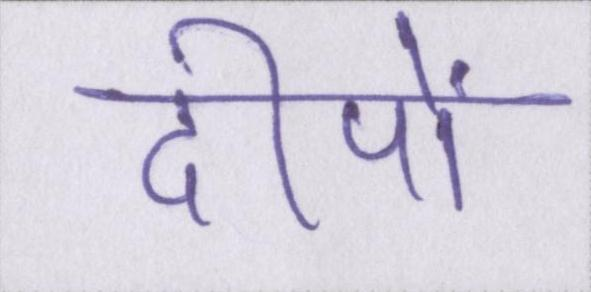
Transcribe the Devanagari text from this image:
दीपों